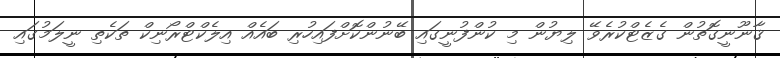
ޤާނޫނީގޮތުން ގެޒެޓްކުރެވޭ ލިޔުން މި ކުންފުނީގައި ބޭނުންކޮށްފައިހުރި ބައެއް އިލެކްޓްރޯނިކް ތަކެތި ނީލަމުގައި